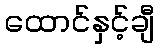
ထောင်နှင့်ချီ